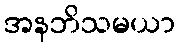
အနဘိသမယာ